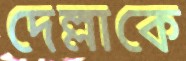
দেল্লাকে